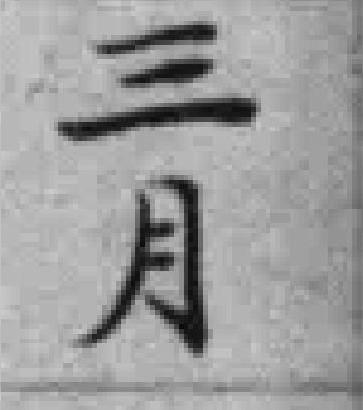
三月